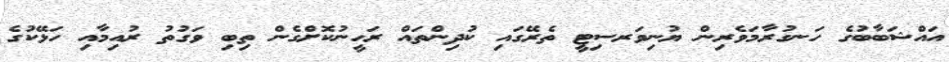
އައްޝަބާބުގެ ހަނގުރާމަވެރިން ޔުނިވަރސިޓީ ތެރޭގައި ކުދިންތައް ރަހީނުކޮށްގެން ތިބި ވަގުތު ރުއިމާއި ހަޅޭކުގެ